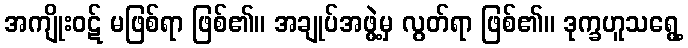
အကျိုးဝဋ် မဖြစ်ရာ ဖြစ်၏။ အချုပ်အဖွဲ့မှ လွတ်ရာ ဖြစ်၏။ ဒုက္ခဟူသရွေ့